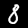
Digit: 8